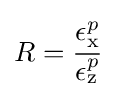
R={\cfrac {\epsilon _{\mathrm {x} }^{p}}{\epsilon _{\mathrm {z} }^{p}}}